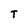
Character: T